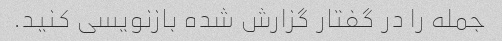
جمله را در گفتار گزارش شده بازنویسی کنید.